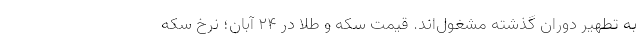
به تطهیر دوران گذشته مشغول‌اند. قیمت سکه و طلا در ۲۴ آبان؛ نرخ سکه